Scottish Leaving Certificate Examination, 1954
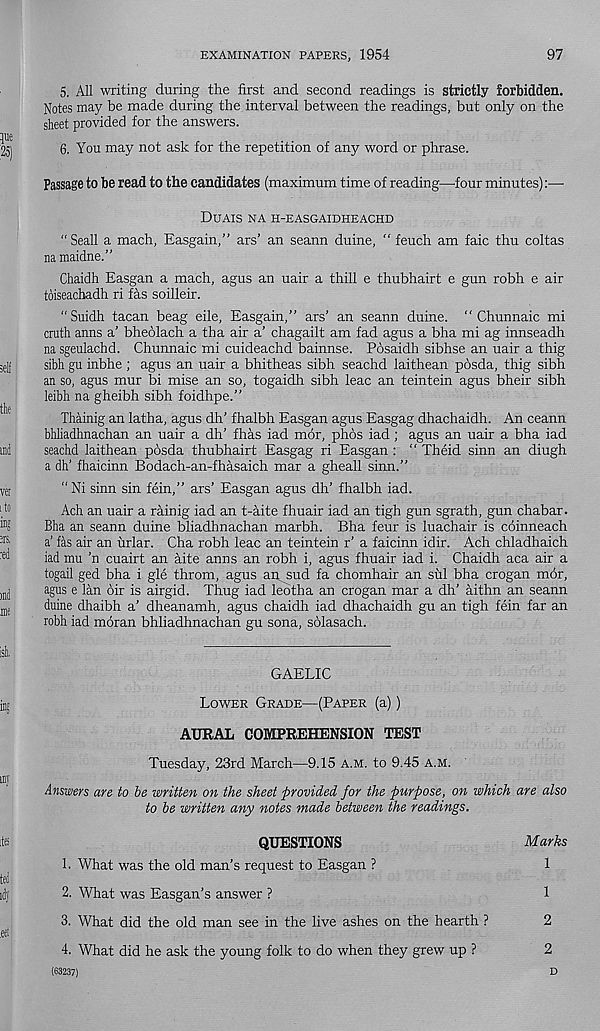
EXAMINATION PAPERS, 1954
97
5. All writing during the first and second readings is strictly forbidden.
Notes may be made during the interval between the readings, but only on the
sheet provided for the answers.
6. You may not ask for the repetition of any word or phrase.
Passage to be read to the candidates (maximum time of reading—four minutes):—
Duais na h-easgaidheachd
“Seall a mach, Easgain,” ars’ an seann duine, “ feuch am faic thu coltas
na maidne.”
Chaidh Easgan a mach, agus an uair a thill e thubhairt e gun robh e air
toiseachadh ri fas soilleir.
“ Suidh tacan beag eile, Easgain,” ars’ an seann duine. “ Chunnaic mi
cruth anns a’ bheolach a tha air a’ chagailt am fad agus a bha mi ag innseadh
na sgeulachd. Chunnaic mi cuideachd bainnse. Posaidh sibhse an uair a thig
sibh gu inbhe ; agus an uair a bhitheas sibh seachd laithean pdsda, thig sibh
an so, agus mur bi mise an so, togaidh sibh leac an teintein agus bheir sibh
leibh na gheibh sibh foidhpe.”
Thainig an latha, agus dh’ fhalbh Easgan agus Easgag dhachaidh. An ceann
bhliadhnachan an uair a dh’ fhas iad mor, phos iad; agus an uair a bha iad
seachd laithean posda thubhairt Easgag ri Easgan : “ Theid sinn an diugh
a dh’ fhaicinn Bodach-an-fhasaich mar a gheall sinn.”
“Ni sinn sin fein,” ars’ Easgan agus dh’ fhalbh iad.
Ach an uair a rainig iad an t-aite fhuair iad an tigh gun sgrath, gun chabar.
Bha an seann duine bliadhnachan marbh. Bha feur is luachair is coinneach
a’ fas air an urlar. Cha robh leac an teintein r’ a faicinn idir. Ach chladhaich
iad mu ’n cuairt an aite anns an robh i, agus fhuair iad i. Chaidh aca air a
togail ged bha i gle throm, agus an^sud fa chomhair an sill bha crogan mor,
agus e lan oir is airgid. Thug iad ledtha an crogan mar a dh’ aithn an seann
duine dhaibh a’ dheanamh, agus chaidh iad dhachaidh gu an tigh fein far an
robh iad moran bhliadhnachan gu sona, solasach.
GAELIC
Lower Grade—(Paper (a))
AURAL COMPREHENSION TEST
Tuesday, 23rd March—9.15 a.m. to 9.45 a.m.
Answers are to be written on the sheet provided for the purpose, on which are also
to be written any notes made between the readings.
QUESTIONS
Marks
1. What was the old man’s request to Easgan ?
1
2. What was Easgan’s answer ?
1
3. What did the old man see in the live ashes on the hearth ?
2
4. What did he ask the young folk to do when they grew up ?
2
(63237)
D